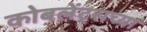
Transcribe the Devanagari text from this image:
कोबलेंट्सच्या